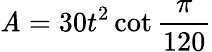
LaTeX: \mathit{A}=30t^{2}\cot{\frac{{\pi}}{{120}}}